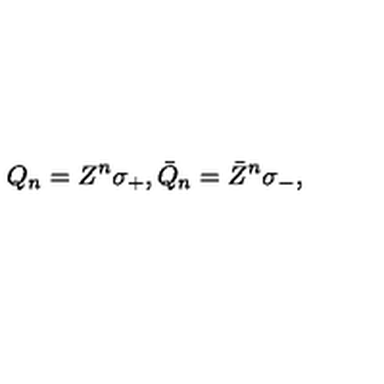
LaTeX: Q _ { n } = Z ^ { n } \sigma _ { + } , \bar { Q } _ { n } = \bar { Z } ^ { n } \sigma _ { - } ,